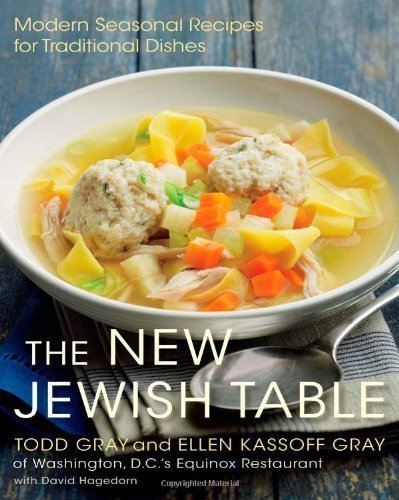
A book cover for The New Jewish Table: Modern Seasonal Recipes for Traditional Dishes by Todd Gray (Mar 5 2013); Cookbooks, Food & Wine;